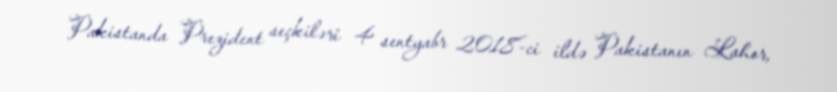
Pakistanda Prezident seçkiləri 4 sentyabr 2018-ci ildə Pakistanın Lahor,